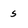
Character: 5